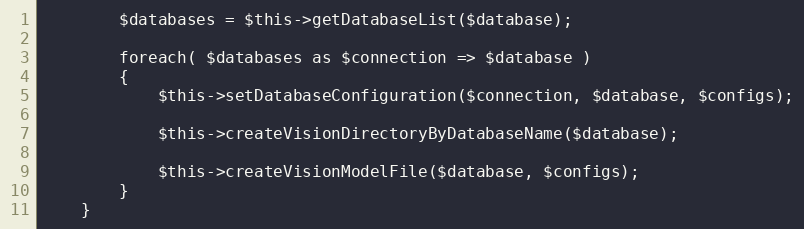
Language: PHP
        $databases = $this->getDatabaseList($database);

        foreach( $databases as $connection => $database )
        {
            $this->setDatabaseConfiguration($connection, $database, $configs);

            $this->createVisionDirectoryByDatabaseName($database);

            $this->createVisionModelFile($database, $configs);
        }
    }